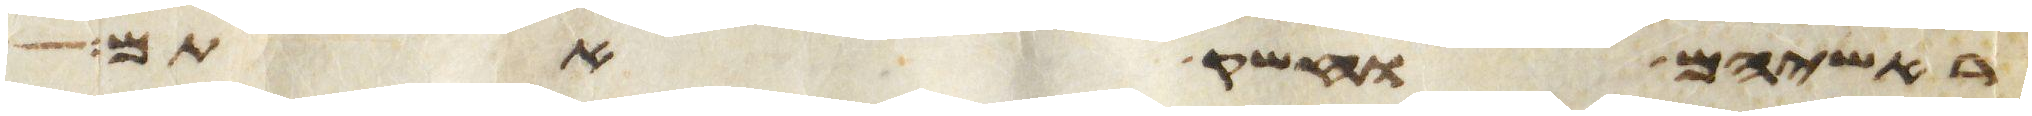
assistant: ראשיהם וחשק אתם